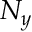
N _ { y }